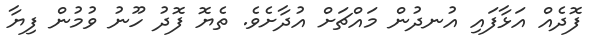
ފޮދެއް އަޅާފައި އުނދުން މައްޗަށް އުދާށެވެ. ތެޔޮ ފޮދު ހޫނު ވުމުން ފިޔާ